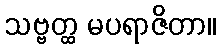
သဗ္ဗတ္ထ မပရာဇိတာ။